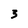
Character: 3